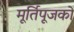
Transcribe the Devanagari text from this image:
मूर्तिपूजकों